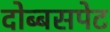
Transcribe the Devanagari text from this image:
दोब्बसपेट